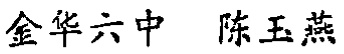
金华六中 陈玉燕